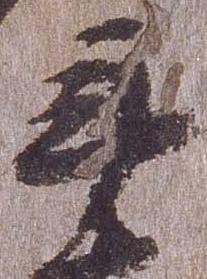
年